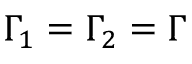
\Gamma _ { 1 } = \Gamma _ { 2 } = \Gamma